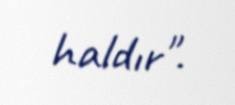
haldır".